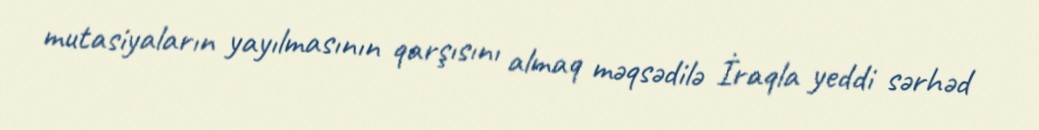
mutasiyaların yayılmasının qarşısını almaq məqsədilə İraqla yeddi sərhəd